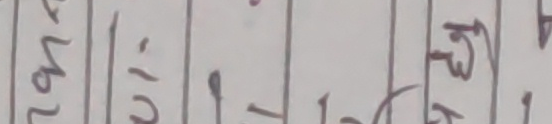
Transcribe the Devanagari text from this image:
79146
ui.
12.
कोटा